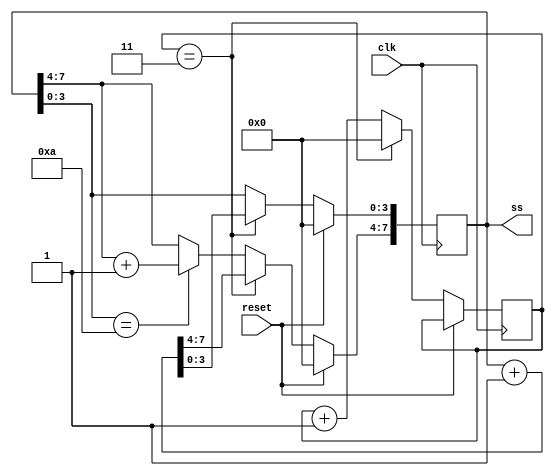
module top_module(
    input 			clk		,  //4Hz
    input 			reset	,
	output	reg [7:0]	ss
); 
	// Write your code here
	reg [3:0] time1=0;
    always@(posedge clk)
    begin
        if(reset) ss<=0;
        else 
        begin 
        time1<=time1+1;
        if(time1==4-1)
        begin
        time1<=0;ss<=ss+1;end
        else if (ss[3:0]==4'b1010)
        ss[7:4]<=ss[7:4]+1;
        else ss<=ss;end
    end
endmodule